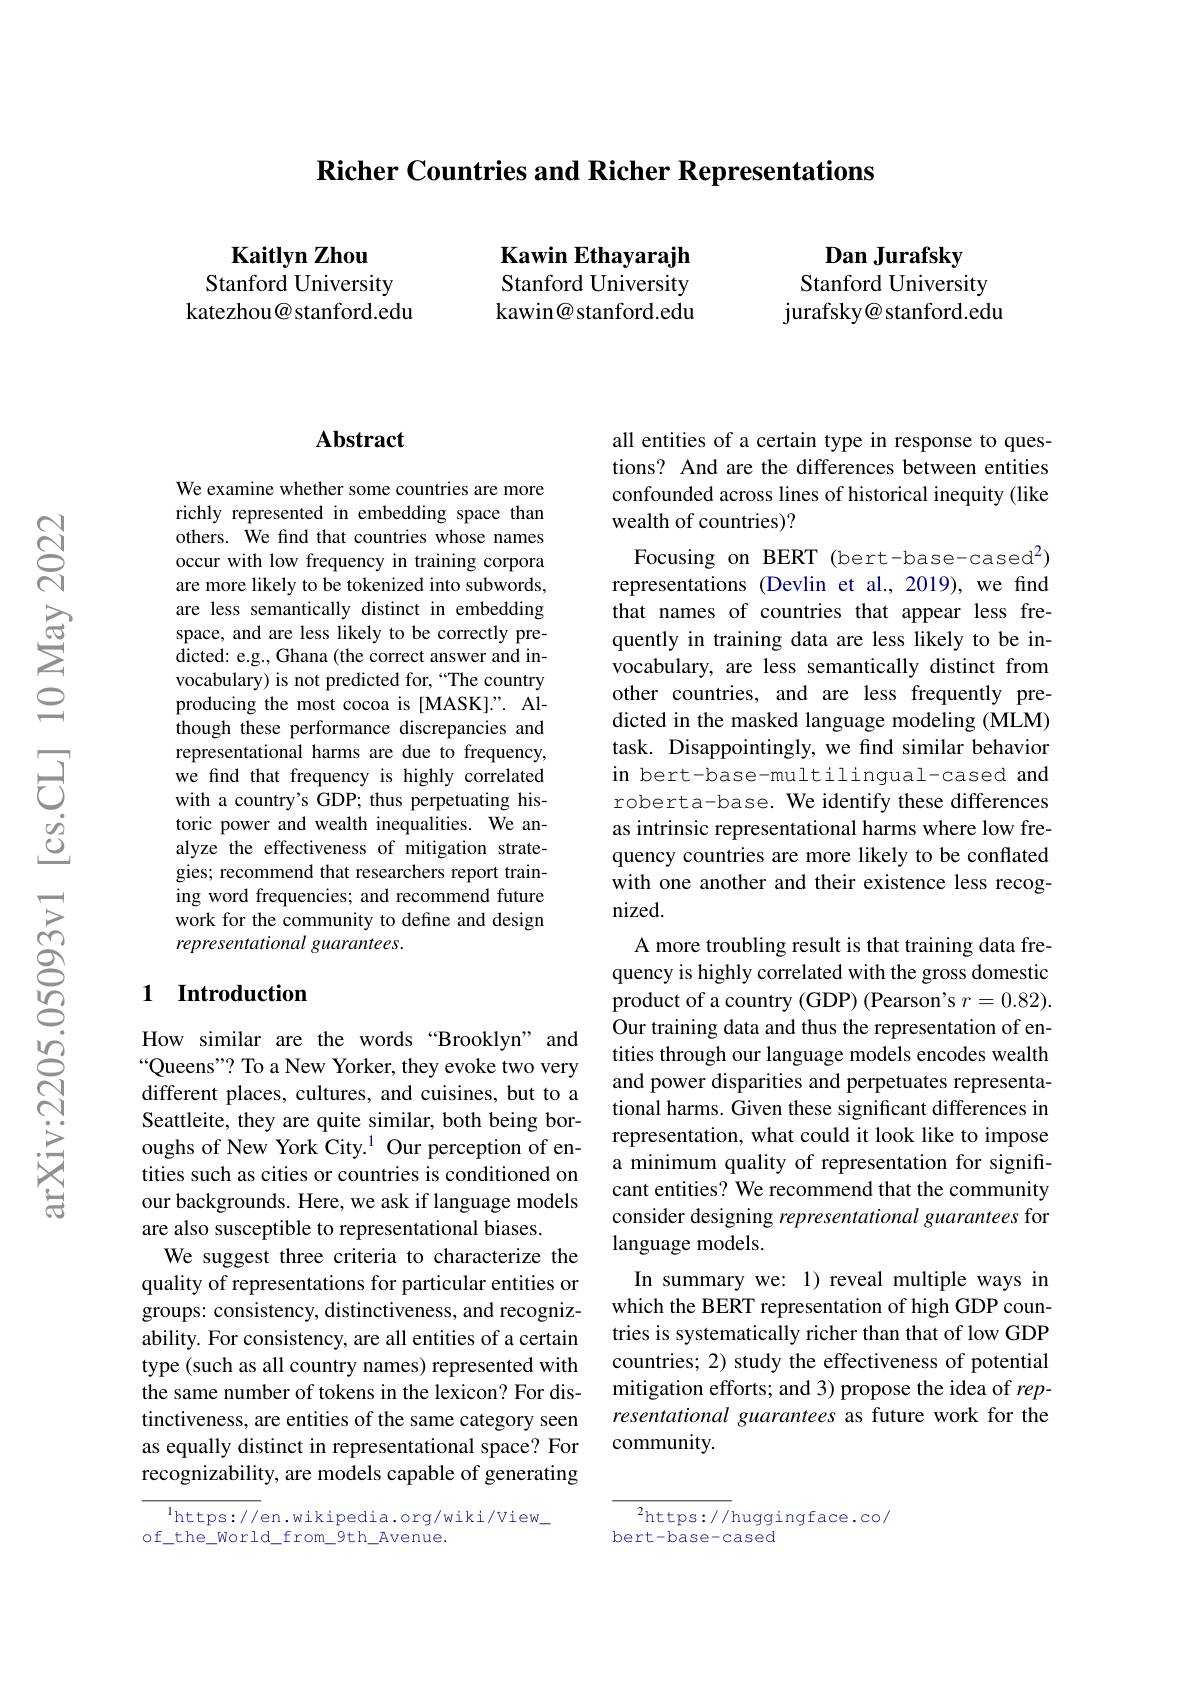
$\textbf{Richer Countries and Richer Representations}$

Kawin Ethayarajh Stanford University kawin@ stanford.edu

Kaitlyn Zhou
Stanford University katezhou@stanford.edu

$\textbf{Dan Jurafsky}$
Stanford University jurafsky@ stanford.edu

### Abstract

We examine whether some countries are more richly represented in embedding space than others. We find that countries whose names occur with low frequency in training corpora are more likely to be tokenized into subwords, are less semantically distinct in embedding space, and are less likely to be correctly predicted: e.g., Ghana (the correct answer and invocabulary) is not predicted for, “The country producing the most cocoa is [MASK].". Although these performance discrepancies and representational harms are due to frequency, we find that frequency is highly correlated with a country's GDP; thus perpetuating historic power and wealth inequalities. We analyze the effectiveness of mitigation strategies; recommend that researchers report training word frequencies; and recommend future work for the community to define and design representational guarantees.

### 1 Introduction

How similar are the words “Brooklyn” and “Queens"? To a New Yorker, they evoke two very different places, cultures, and cuisines, but to a Seattleite, they are quite similar, both being boroughs of New York City.$^{1}$ Our perception of entities such as cities or countries is conditioned on our backgrounds. Here, we ask if language models are also susceptible to representational biases.
We suggest three criteria to characterize the quality of representations for particular entities or groups: consistency, distinctiveness, and recognizability. For consistency, are all entities of a certain type (such as all country names) represented with the same number of tokens in the lexicon? For distinctiveness, are entities of the same category seen as equally distinct in representational space? For recognizability, are models capable of generating

$^{\mathrm{l}}$https://en.wikipedia.org/wiki/View\_
of\_the\_world\_from\_9th\_Avenue.

all entities of a certain type in response to questions? And are the differences between entities confounded across lines of historical inequity (like### wealth of countries)?

Focusing on BERT (bert-base-cased$^2)$ representations (Devlin et al., 2019), we find that names of countries that appear less frequently in training data are less likely to be invocabulary, are less semantically distinct from other countries, and are less frequently predicted in the masked language modeling (MLM) task. Disappointingly, we find similar behavior in bert-base-multilingual-cased and roberta-base. We identify these differences as intrinsic representational harms where low frequency countries are more likely to be conflated with one another and their existence less recognized.
A more troubling result is that training data frequency is highly correlated with the gross domestic product of a country (GDP) (Pearson's $r=0.82).$ Our training data and thus the representation of entities through our language models encodes wealth and power disparities and perpetuates representational harms. Given these significant differences in representation, what could it look like to impose a minimum quality of representation for significant entities? We recommend that the community consider designing representational guarantees for language models.
In summary we: 1) reveal multiple ways in which the BERT representation of high GDP countries is systematically richer than that of low GDP countries; 2) study the effectiveness of potential mitigation efforts; and 3) propose the idea of representational guarantees as future work for the community.

${{^2}\mathrm{https://}}$huggingface.co/
bert-base-cased